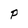
Character: P